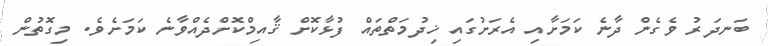
ބަނދަރު ވެގެން ދާނެ ކަމަށާއި އެރަށުގައި ޚިދުމަތްތައް ފުޅާކޮށް ޤާއިމްކޮށްދެއްވާނެ ކަމަށެވެ. މިގޮތުން